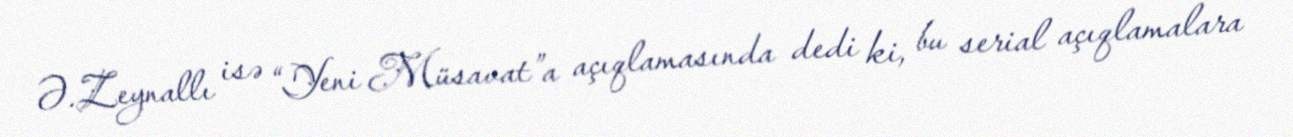
Ə.Zeynallı isə “Yeni Müsavat”a açıqlamasında dedi ki, bu serial açıqlamalara